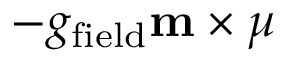
- g _ { \mathrm { f i e l d } } \mathbf { m } \times \boldsymbol { \mu }